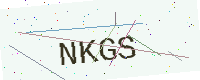
Text: NKGS